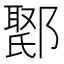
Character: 𮠇